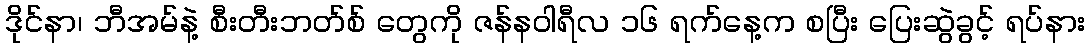
ဒိုင်နာ၊ ဘီအမ်နဲ့ စီးတီးဘတ်စ် တွေကို ဇန်နဝါရီလ ၁၆ ရက်နေ့က စပြီး ပြေးဆွဲခွင့် ရပ်နား